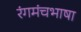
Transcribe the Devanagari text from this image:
रंगमंचभाषा